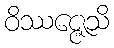
ဝိဿဇ္ဇေသိ